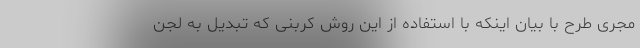
مجری طرح با بیان اینکه با استفاده از این روش کربنی که تبدیل به لجن